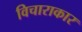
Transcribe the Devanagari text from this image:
विचाराकार